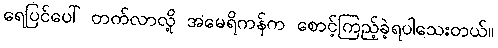
ရေပြင်ပေါ် တက်လာလို့ အမေရိကန်က စောင့်ကြည့်ခဲ့ရပါသေးတယ်။